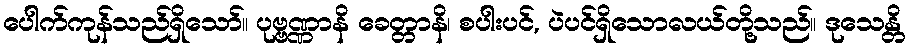
ပေါက်ကုန်သည်ရှိသော်။ ပုဗ္ဗဏ္ဏာနိ ခေတ္တာနိ၊ စပါးပင်, ပဲပင်ရှိသောလယ်တို့သည်။ ဒုသေန္တိ